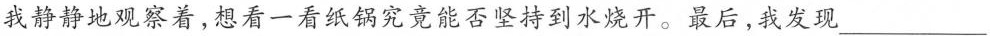
我静静地观察着，想看一看纸锅究竟能否坚持到水烧开。最后，我发现___